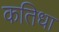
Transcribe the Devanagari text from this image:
कतिधा